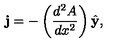
{ \bf j } = - \left( { \frac { d ^ { 2 } A } { d x ^ { 2 } } } \right) { \hat { \bf y } } ,